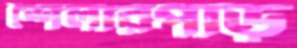
শৈলারপাড়